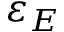
\varepsilon _ { E }